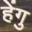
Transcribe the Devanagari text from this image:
हेंगु